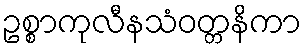
ဥစ္စာကုလီနသံဝတ္တနိကာ